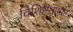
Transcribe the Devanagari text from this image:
विशिष्टताप्राप्त